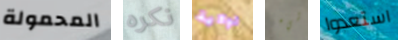
المحمولة نكره لولاية شيء استعدوا